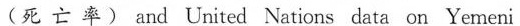
(死 亡 率 ) and United Nations data on Yemeni